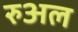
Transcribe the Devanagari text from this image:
रुअल